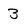
Character: 3